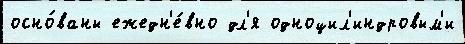
осно́ваны ежедн'е́вно дл'я одноцил'индровым'и